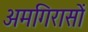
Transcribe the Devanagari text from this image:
अमगिरासों